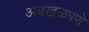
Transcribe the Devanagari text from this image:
अवखळपणे